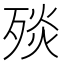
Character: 𣨬